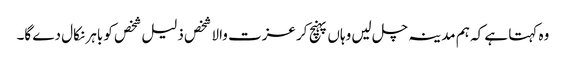
وہ کہتا ہے کہ ہم مدینہ چل لیں وہاں پہنچ کر عزت والا شخص ذلیل شخص کو باہر نکال دے گا۔